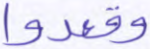
وقعدوا